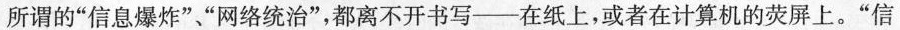
所谓的”信息爆炸””网络统治”，都离不开书写--在纸上，或者在计算机的荧屏上。”信